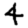
Digit: 4